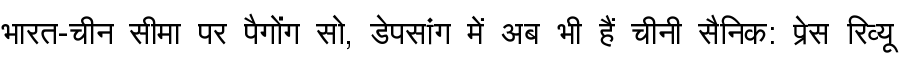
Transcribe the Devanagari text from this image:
भारत-चीन सीमा पर पैगोंग सो, डेपसांग में अब भी हैं चीनी सैनिक: प्रेस रिव्यू